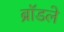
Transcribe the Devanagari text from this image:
ब्रॉडले